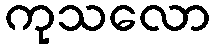
ကုသလော